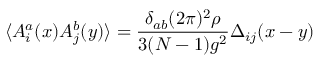
\langle A _ { i } ^ { a } ( x ) A _ { j } ^ { b } ( y ) \rangle = \frac { \delta _ { a b } ( 2 \pi ) ^ { 2 } \rho } { 3 ( N - 1 ) g ^ { 2 } } \Delta _ { i j } ( x - y )